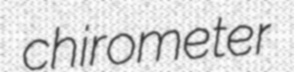
chirometer